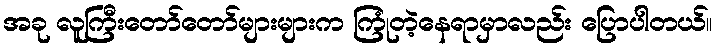
အခု လူကြီးတော်တော်များများက ကြုံတဲ့နေရာမှာလည်း ပြောပါတယ်။